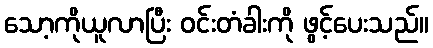
သော့ကိုယူလာပြီး ဝင်းတံခါးကို ဖွင့်ပေးသည်။